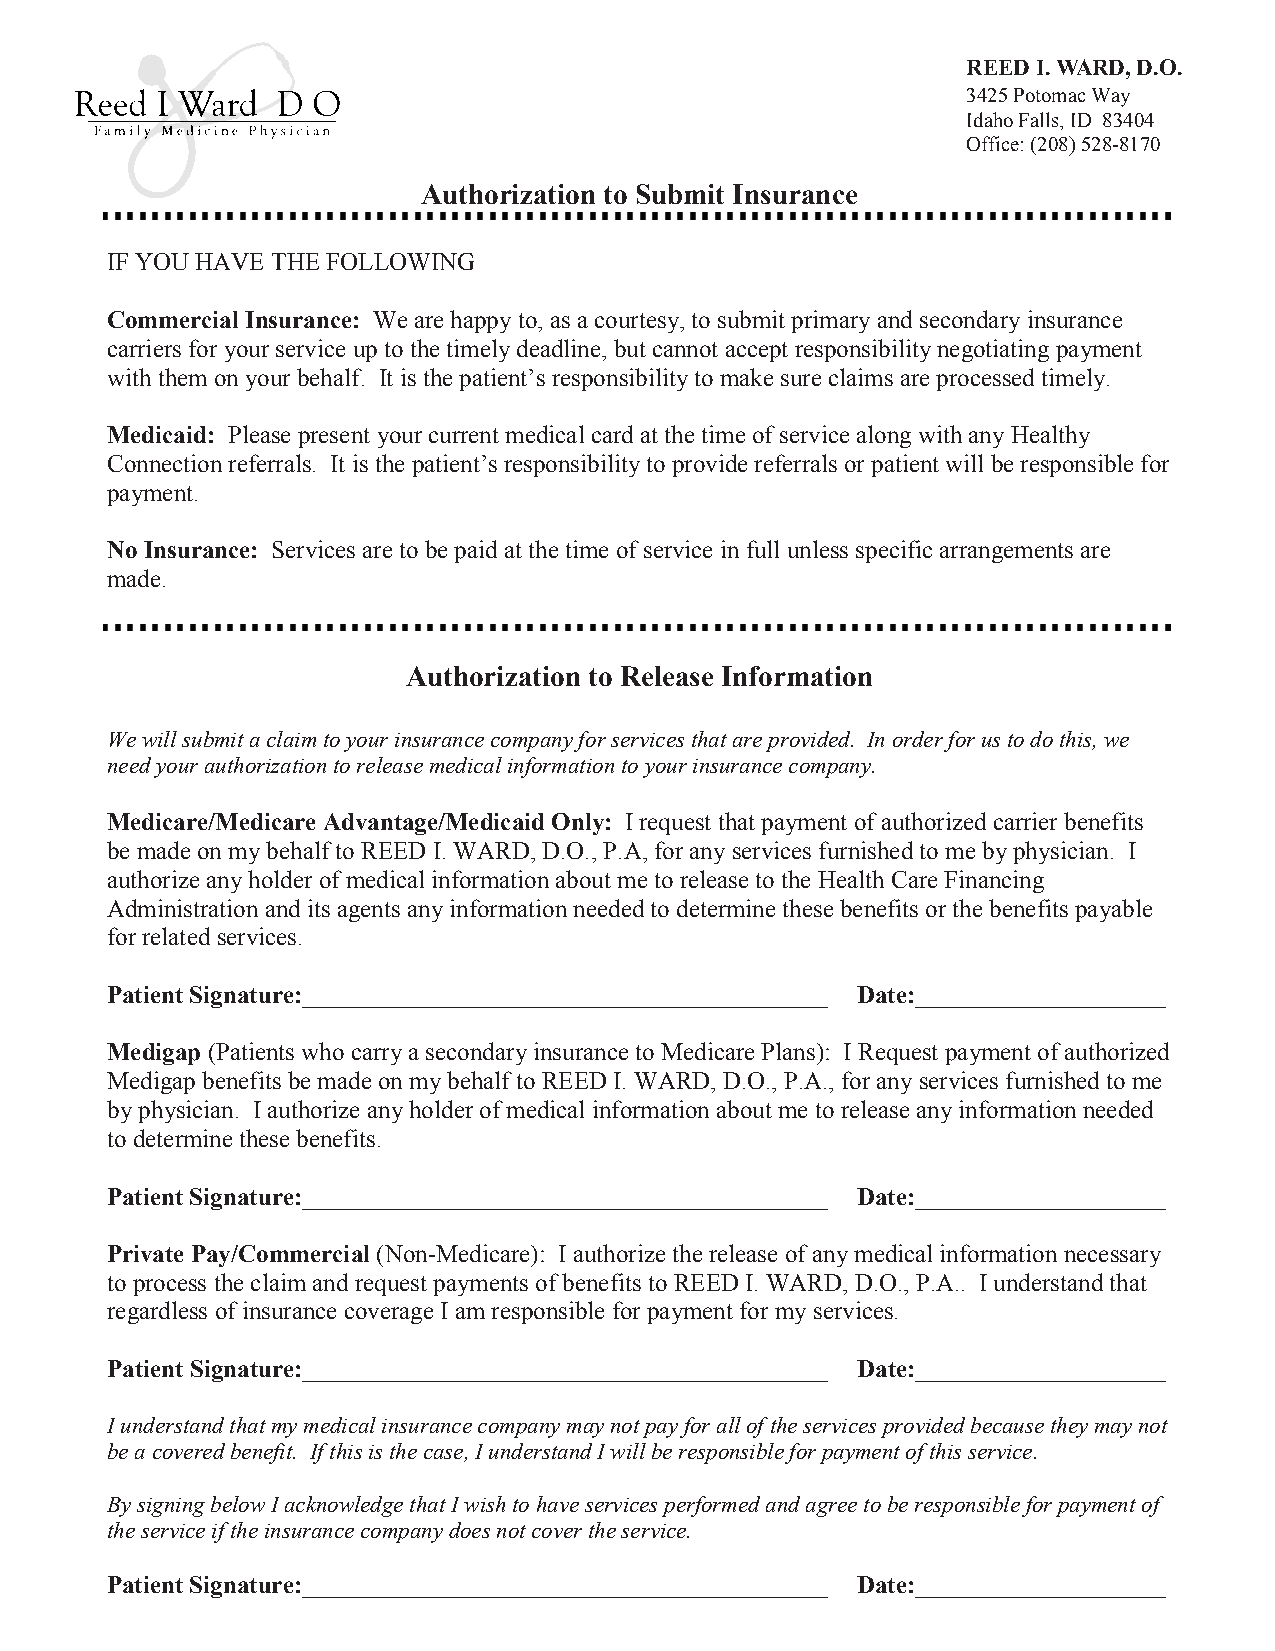
REED I. WARD, D.O.
 3425 Potomac Way
 Idaho Falls, ID 83404
 Office: (208) 528-8170
 Authorization to Submit Insurance
 IF YOU HAVE THE FOLLOWING
 Commercial Insurance: We are happy to, as a courtesy, tosubmit primary and secondaryinsurance
 carriers for your service up to the timely deadline, but cannot accept responsibility negotiatingpayment
 with them on your behalf. It is the patient’s responsibility to make sure claims are processed timely.
 Medicaid: Please present your current medical card at the time of service along with any Healthy
 Connection referrals. It is the patient’s responsibility to provide referrals or patient will be responsible for
 payment.
 No Insurance: Services are to be paid at the time of servicein full unless specific arrangements are
 made.
 Authorization to Release Information
 We will submit a claim to your insurance company for services that are provided. In order for us to do this, we
 need your authorization to release medical information to your insurance company.
 Medicare/Medicare Advantage/Medicaid Only: I request that payment of authorized carrier benefits
 be made on my behalf to REED I. WARD, D.O., P.A, for any services furnished to me by physician. I
 authorize any holder of medical information about me to release to the Health Care Financing
 Administration and its agents any information needed to determine these benefits or the benefits payable
 for related services.
 Patient Signature:__________________________________________ Date:____________________
 Medigap (Patients who carry a secondary insurance to Medicare Plans): I Request payment of authorized
 Medigap benefits be made on my behalf to REED I. WARD, D.O., P.A., for any servicesfurnished to me
 by physician. I authorize any holder of medical information about me to release any information needed
 to determine these benefits.
 Patient Signature:__________________________________________ Date:____________________
 Private Pay/Commercial (Non-Medicare): I authorize the release of any medical information necessary
 to process the claim and request payments of benefits to REED I. WARD, D.O., P.A.. I understand that
 regardless of insurance coverage I am responsible for payment for my services.
 Patient Signature:__________________________________________ Date:____________________
 I understand that my medical insurance company may not pay for all of the services provided because they may not
 be a covered benefit. If this is the case, I understand I will be responsible for payment of this service.
 By signing below I acknowledge that I wish to have services performed and agree to be responsible for payment of
 the service if the insurance company does not cover the service.
 Patient Signature:__________________________________________ Date:____________________